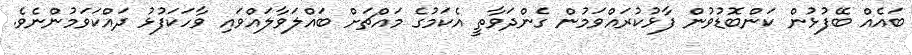
ބައެއް ބޭފުޅުން ކަންބޮޑުވުން ފާޅުކުރައްވަމުން ގެންދަވާތީ އެކަމުގެ މައްޗަށް ބައްލަވާލައްވައި ވާހަކަފުޅު ދައްކަވަމުންނެވެ.